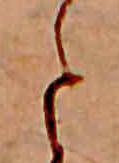
と